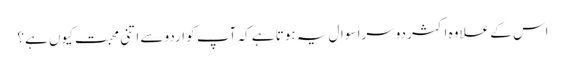
اس کے علاوہ اکثر دوسرا سوال یہ ہوتا ہے کہ آپ کو اردو سے اتنی محبت کیوں ہے؟